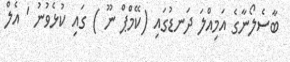
ބާސެލޯނާގެ އަމިއްލަ ދަނޑުގައި (ކޭމްޕް ނޫ ) ގައި ކުޅެވުނު ' އެލް